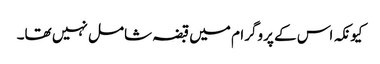
کیونکہ اس کے پروگرام میں قبضہ شامل نہیں تھا۔